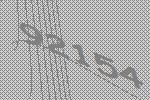
92154